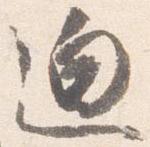
迫